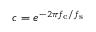
c = e ^ { - 2 \pi f _ { \mathrm { c } } / f _ { \mathrm { s } } }